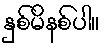
နှစ်မိနစ်ပါ။